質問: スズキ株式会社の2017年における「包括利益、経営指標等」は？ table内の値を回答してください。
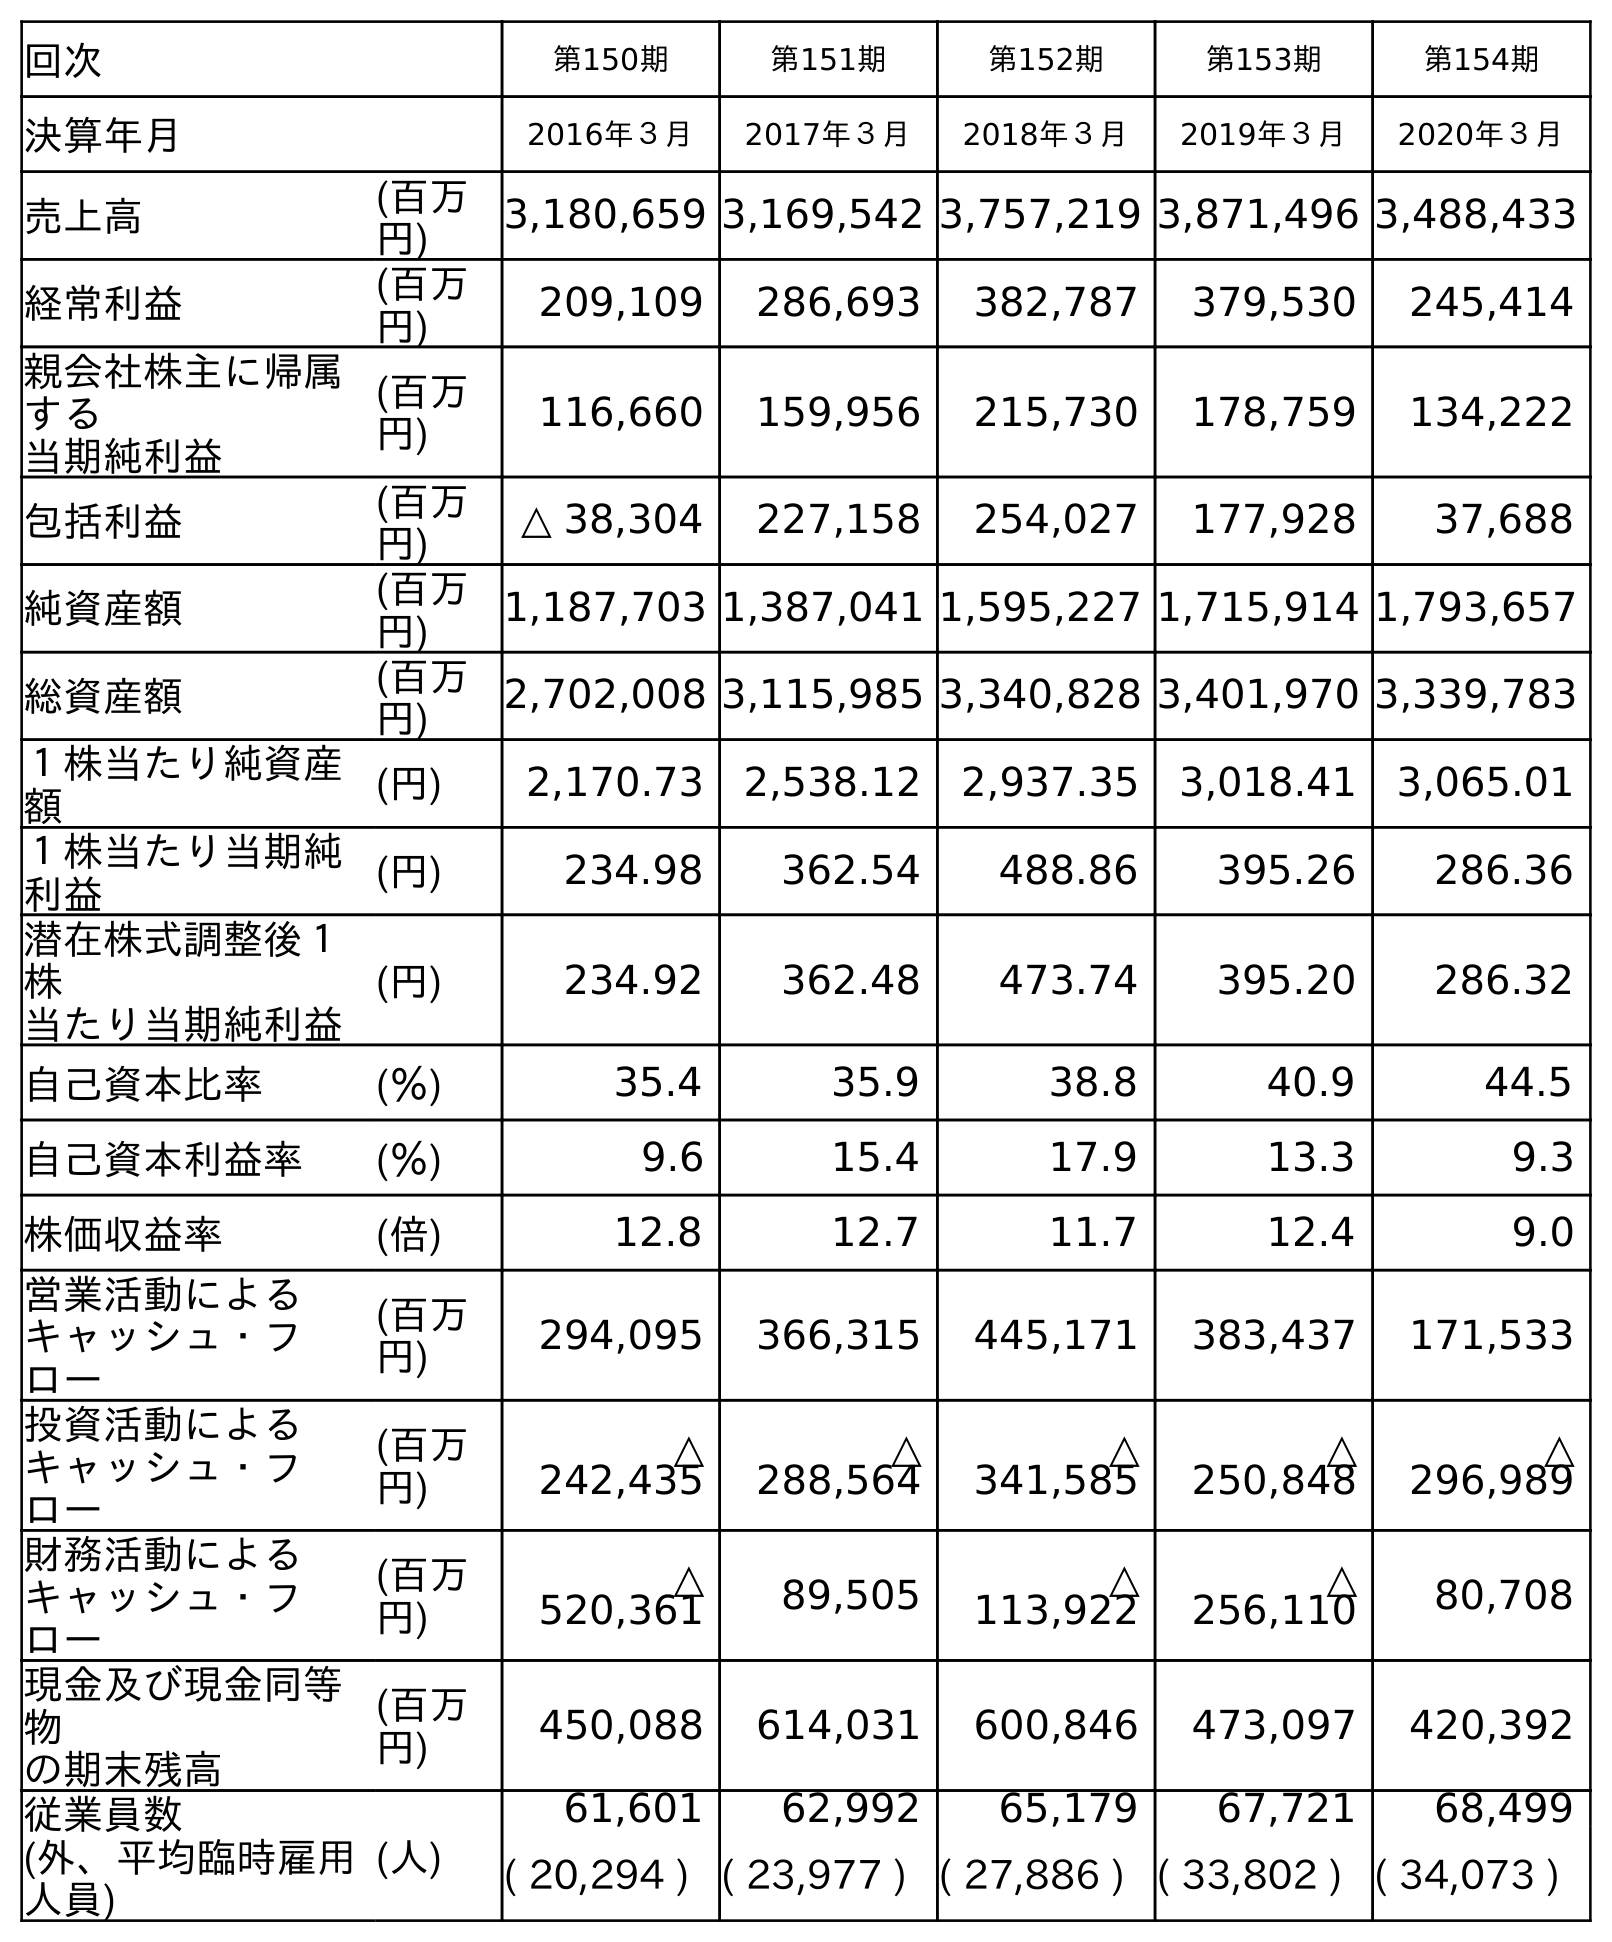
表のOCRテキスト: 回次 第150期 第151期 第152期 第153期 第154期 決算年月 2016年３月 2017年３月 2018年３月 2019年３月 2020年３月 売上高 (百万 円) 3,180,659 3,169,542 3,757,219 3,871,496 3,488,433 経常利益 (百万 円) 209,109 286,693 382,787 379,530 245,414 親会社株主に帰属 する 当期純利益 (百万 円) 116,660 159,956 215,730 178,759 134,222 包括利益 (百万 円) △ 38,304 227,158 254,027 177,928 37,688 純資産額 (百万 円) 1,187,703 1,387,041 1,595,227 1,715,914 1,793,657 総資産額 (百万 円) 2,702,008 3,115,985 3,340,828 3,401,970 3,339,783 １株当たり純資産 額 (円) 2,170.73 2,538.12 2,937.35 3,018.41 3,065.01 １株当たり当期純 利益 (円) 234.98 362.54 488.86 395.26 286.36 潜在株式調整後１ 株 当たり当期純利益 (円) 234.92 362.48 473.74 395.20 286.32 自己資本比率 (％) 35.4 35.9 38.8 40.9 44.5 自己資本利益率 (％) 9.6 15.4 17.9 13.3 9.3 株価収益率 (倍) 12.8 12.7 11.7 12.4 9.0 営業活動による キャッシュ・フ ロー (百万 円) 294,095 366,315 445,171 383,437 171,533 投資活動による キャッシュ・フ ロー (百万 円) △ 242,435 △ 288,564 △ 341,585 △ 250,848 △ 296,989 財務活動による キャッシュ・フ ロー (百万 円) △ 520,361 89,505 △ 113,922 △ 256,110 80,708 現金及び現金同等 物 の期末残高 (百万 円) 450,088 614,031 600,846 473,097 420,392 従業員数 (外、平均臨時雇用 人員) (人) 61,601 62,992 65,179 67,721 68,499 ( 20,294 ) ( 23,977 ) ( 27,886 ) ( 33,802 ) ( 34,073 )
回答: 227,158